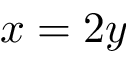
x = 2 y